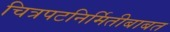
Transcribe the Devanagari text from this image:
चित्रपटनिर्मितीबाबत